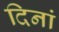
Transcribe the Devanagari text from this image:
दिनां